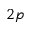
2 p